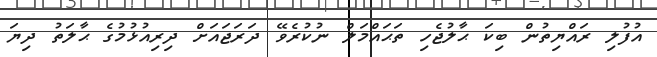
އުފުލި ރައްޔިތުން ބިކަ ޙާލުޖެހި ތަޙައްމަލް ނުކުރެވޭ ދަރަޖައަށް ދިރިއުޅުމުގެ ޙާލަތު ދިޔަ